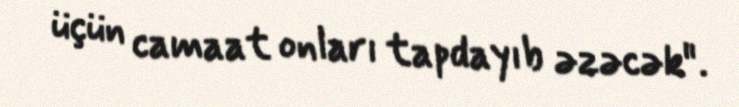
üçün camaat onları tapdayıb əzəcək".